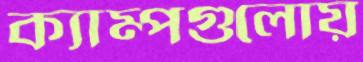
ক্যাম্পগুলোয়